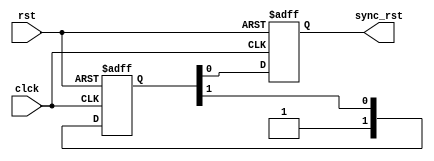
module RST_sync#(parameter num_stages=3) (rst,clck,sync_rst);
input rst,clck;
output reg sync_rst;

reg [num_stages-2:0] sync_flops;

always @(posedge clck or negedge rst)
begin
    if (rst==0)
    begin
        sync_flops<=0;
        sync_rst<=0;
    end
    else 
    begin
        {sync_flops,sync_rst}<={1'b1,sync_flops};
    end
end
endmodule